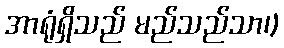
အာရုံရှိသည် မည်သည်သာ၊)